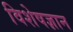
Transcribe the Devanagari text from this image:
विशेषज्ञान